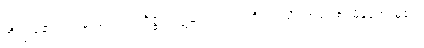
ဘိက္ခုနော၊ ရဟန်းသည်။ အဝိဇ္ဇာ၊ ဝဋ်ဆင်းရဲ။ ဣတိ၊ ဤသို့။ အဝေါစ၊ မိန့်တော်မူ၏။